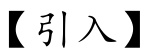
【引入】